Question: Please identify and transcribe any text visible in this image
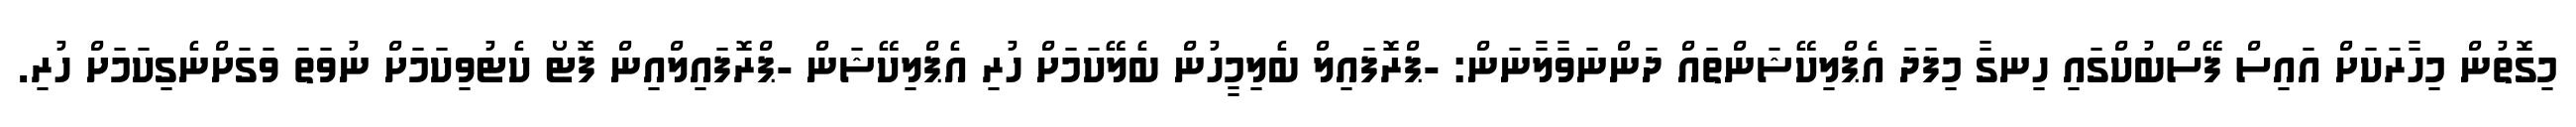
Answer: މިގޮތުން މިހާރަކަށް އައިސް ފޭސްބުކްގައި ހިނގާ މިފަދަ އެޕްލިކޭޝަންތައް ދަންނަވާލާނަން: -ޕްރޮފައިލް ބެލިމީހުން ބެލޭކަމަށް ހުރި އެޕްލިކޭޝަން -ޕްރޮފައިލްއިން ފޮޓޯ ކެޓުވިކަމަށް ނުވަތަ ވަގަށްނެގިކަމަށް ހުރި.